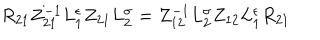
{ R } _ { 2 1 } Z _ { 2 1 } ^ { - 1 } L _ { 1 } ^ { \epsilon } Z _ { 2 1 } L _ { 2 } ^ { \sigma } = Z _ { 1 2 } ^ { - 1 } L _ { 2 } ^ { \sigma } Z _ { 1 2 } L _ { 1 } ^ { \epsilon } { R } _ { 2 1 }